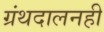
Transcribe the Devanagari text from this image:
ग्रंथदालनही